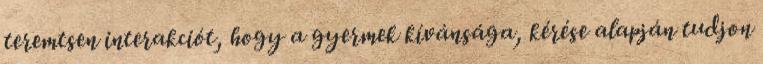
teremtsen interakciót, hogy a gyermek kívánsága, kérése alapján tudjon